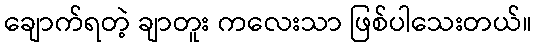
ချောက်ရတဲ့ ချာတူး ကလေးသာ ဖြစ်ပါသေးတယ်။